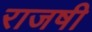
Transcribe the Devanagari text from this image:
राजषी